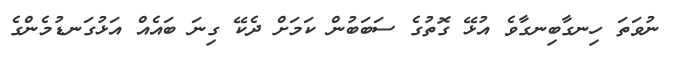
ނުވަތަ ހިނގާބިނގާވެ އުޅޭ ގޮތުގެ ސަބަބުން ކަމަށް ދެކޭ ގިނަ ބައެއް އަޅުގަނޑުމެންގެ